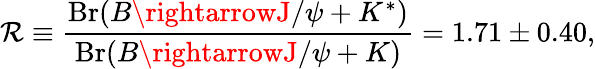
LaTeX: \mathcal{R}\equiv{\frac{{\mathrm{{Br}}(B\rightarrowJ/\psi+K^{*})}}{{\mathrm{{Br}}(B\rightarrowJ/\psi+K)}}}=1.71\pm0.40,